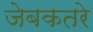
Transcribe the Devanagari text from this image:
जेबकतरे